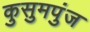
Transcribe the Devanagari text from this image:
कुसुमपुंज